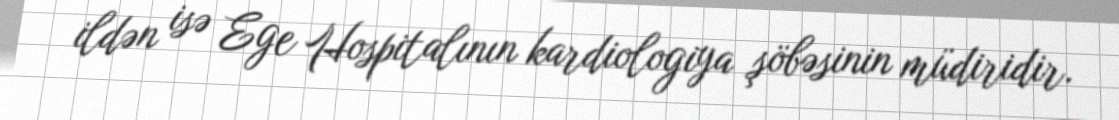
ildən isə Ege Hospitalının kardiologiya şöbəsinin müdiridir.